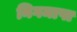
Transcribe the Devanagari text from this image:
निगमापा